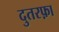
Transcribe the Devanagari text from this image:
दुतरफ़ा